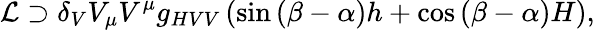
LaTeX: \mathcal{L}\supset\delta_{V}V_{\mu}V^{\mu}g_{HVV}\left(\sin\left(\beta-\alpha\right)h+\cos\left(\beta-\alpha\right)H\right),